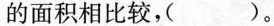
的面积相比较，()。